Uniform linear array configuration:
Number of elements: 12
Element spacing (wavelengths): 0.75
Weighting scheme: exponential
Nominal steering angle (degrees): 45
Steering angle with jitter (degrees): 45.058
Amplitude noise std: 0.05
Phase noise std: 0.05

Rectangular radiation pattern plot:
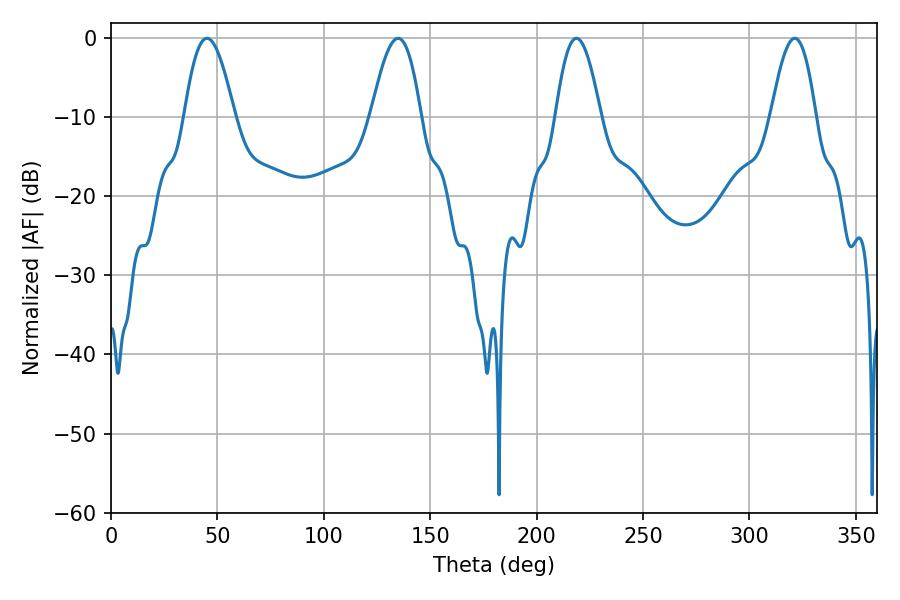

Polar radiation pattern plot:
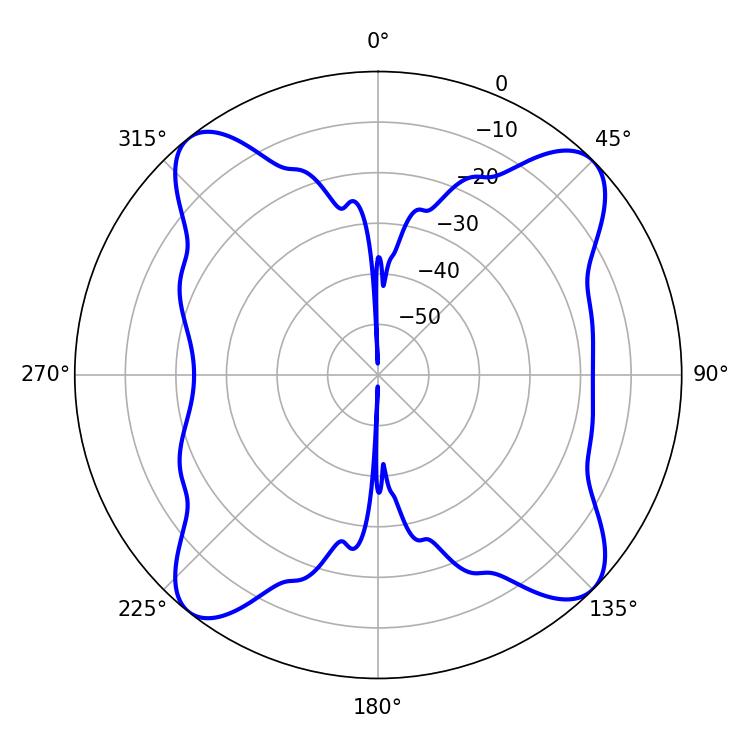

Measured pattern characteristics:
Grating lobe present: TRUE
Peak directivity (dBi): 14.044
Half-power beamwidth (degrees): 11.34
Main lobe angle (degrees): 218.7